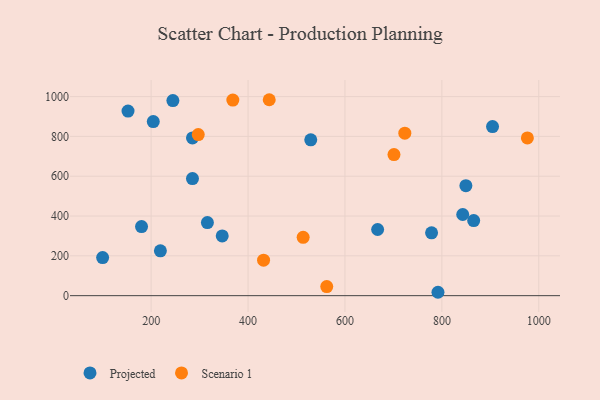
{"axis": {"x": "Engine Size", "y": "Rating"}, "legend": ["Projected", "Scenario 1"], "data": [{"x": "316.1", "y": 367.1, "type": "Projected"}, {"x": "529.4", "y": 783.0, "type": "Projected"}, {"x": "778.7", "y": 315.7, "type": "Projected"}, {"x": "904.5", "y": 849.3, "type": "Projected"}, {"x": "219.1", "y": 225.1, "type": "Projected"}, {"x": "180.2", "y": 347.1, "type": "Projected"}, {"x": "346.7", "y": 300.2, "type": "Projected"}, {"x": "285.3", "y": 792.5, "type": "Projected"}, {"x": "667.4", "y": 332.4, "type": "Projected"}, {"x": "791.9", "y": 17.0, "type": "Projected"}, {"x": "99.9", "y": 191.3, "type": "Projected"}, {"x": "244.9", "y": 980.0, "type": "Projected"}, {"x": "152.3", "y": 927.3, "type": "Projected"}, {"x": "865.6", "y": 377.0, "type": "Projected"}, {"x": "204.4", "y": 874.3, "type": "Projected"}, {"x": "843.0", "y": 407.6, "type": "Projected"}, {"x": "285.3", "y": 588.4, "type": "Projected"}, {"x": "849.5", "y": 552.7, "type": "Projected"}, {"x": "432.0", "y": 178.2, "type": "Scenario 1"}, {"x": "443.7", "y": 984.3, "type": "Scenario 1"}, {"x": "297.2", "y": 809.4, "type": "Scenario 1"}, {"x": "976.4", "y": 792.5, "type": "Scenario 1"}, {"x": "513.7", "y": 293.1, "type": "Scenario 1"}, {"x": "368.6", "y": 982.6, "type": "Scenario 1"}, {"x": "562.4", "y": 45.6, "type": "Scenario 1"}, {"x": "723.5", "y": 816.1, "type": "Scenario 1"}, {"x": "701.1", "y": 708.7, "type": "Scenario 1"}]}